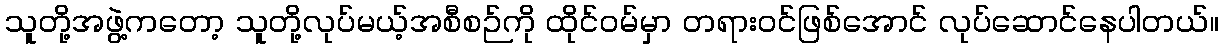
သူတို့အဖွဲ့ကတော့ သူတို့လုပ်မယ့်အစီစဉ်ကို ထိုင်ဝမ်မှာ တရားဝင်ဖြစ်အောင် လုပ်ဆောင်နေပါတယ်။